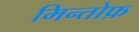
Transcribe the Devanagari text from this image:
मिन्तोफ़